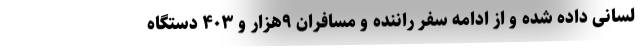
لسانی داده شده و از ادامه سفر راننده و مسافران ۹هزار و ۴۰۳ دستگاه